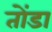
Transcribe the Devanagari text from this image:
तोंडा